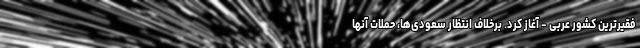
فقیرترین کشور عربی - آغاز کرد. برخلاف انتظار سعودی‌ها، حملات آنها